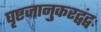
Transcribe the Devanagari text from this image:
घृष्टजानुकरद्वंद्वः